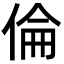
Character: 倫